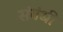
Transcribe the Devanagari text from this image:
संवंधी